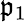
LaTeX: \mathfrak{p}_{1}